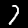
Digit: 7